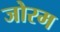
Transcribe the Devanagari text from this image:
जोरम